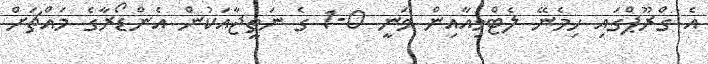
އެ ގްރޫޕްގައި ހިމެނޭ ލެޓްވިއާއިން ވަނީ 0-1 ގެ ނަތީޖާއަކުން އެންޑޯރާގެ މައްޗަށް